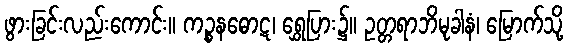
ဖွားခြင်းလည်းကောင်း။ ကဉ္စနဓောဋ၊ ရွှေပြား၌။ ဥတ္တရာဘိမုခါနံ၊ မြောက်သို့